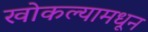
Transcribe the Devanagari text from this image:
खोकल्यामधून